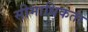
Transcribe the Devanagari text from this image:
सीमाधिकता